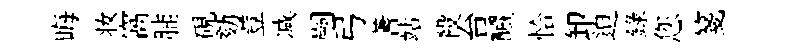
晦妆窩脯硯劾荳减嗣弓蓍站殺台釅恰卸迫錄您箋